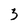
Character: 3